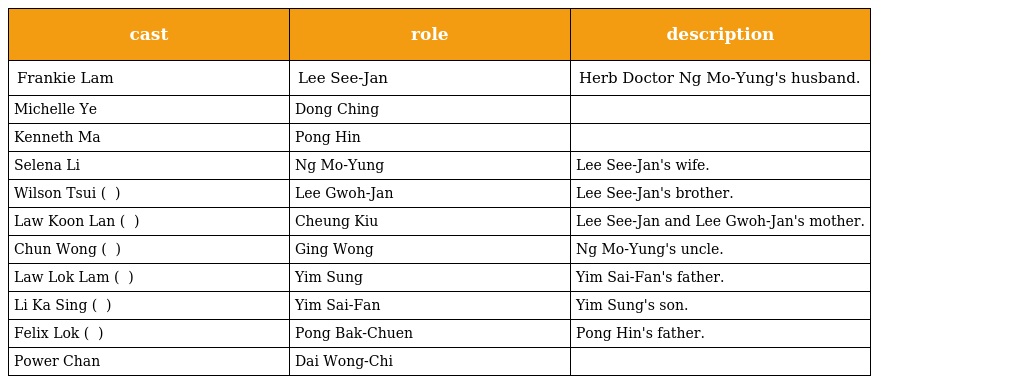
| cast | role | description |
 | --- | --- | --- |
 | Frankie Lam | Lee See-Jan 李時珍 | Herb Doctor Ng Mo-Yung's husband. |
 | Michelle Ye | Dong Ching 冬青 |  |
 | Kenneth Ma | Pong Hin 龐憲 |  |
 | Selena Li | Ng Mo-Yung 吳慕榕 | Lee See-Jan's wife. |
 | Wilson Tsui ( 艾威 ) | Lee Gwoh-Jan 李果珍 | Lee See-Jan's brother. |
 | Law Koon Lan ( 羅冠蘭 ) | Cheung Kiu 張嬌 | Lee See-Jan and Lee Gwoh-Jan's mother. |
 | Chun Wong ( 秦煌 ) | Ging Wong 荊王 | Ng Mo-Yung's uncle. |
 | Law Lok Lam ( 羅樂林 ) | Yim Sung 嚴嵩 | Yim Sai-Fan's father. |
 | Li Ka Sing ( 李家聲 ) | Yim Sai-Fan 嚴世藩 | Yim Sung's son. |
 | Felix Lok ( 駱應鈞 ) | Pong Bak-Chuen 龐百川 | Pong Hin's father. |
 | Power Chan | Dai Wong-Chi 大王子 |  |